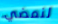
لنمضي